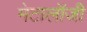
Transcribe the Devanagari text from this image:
मेटालॉजी